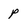
Character: p